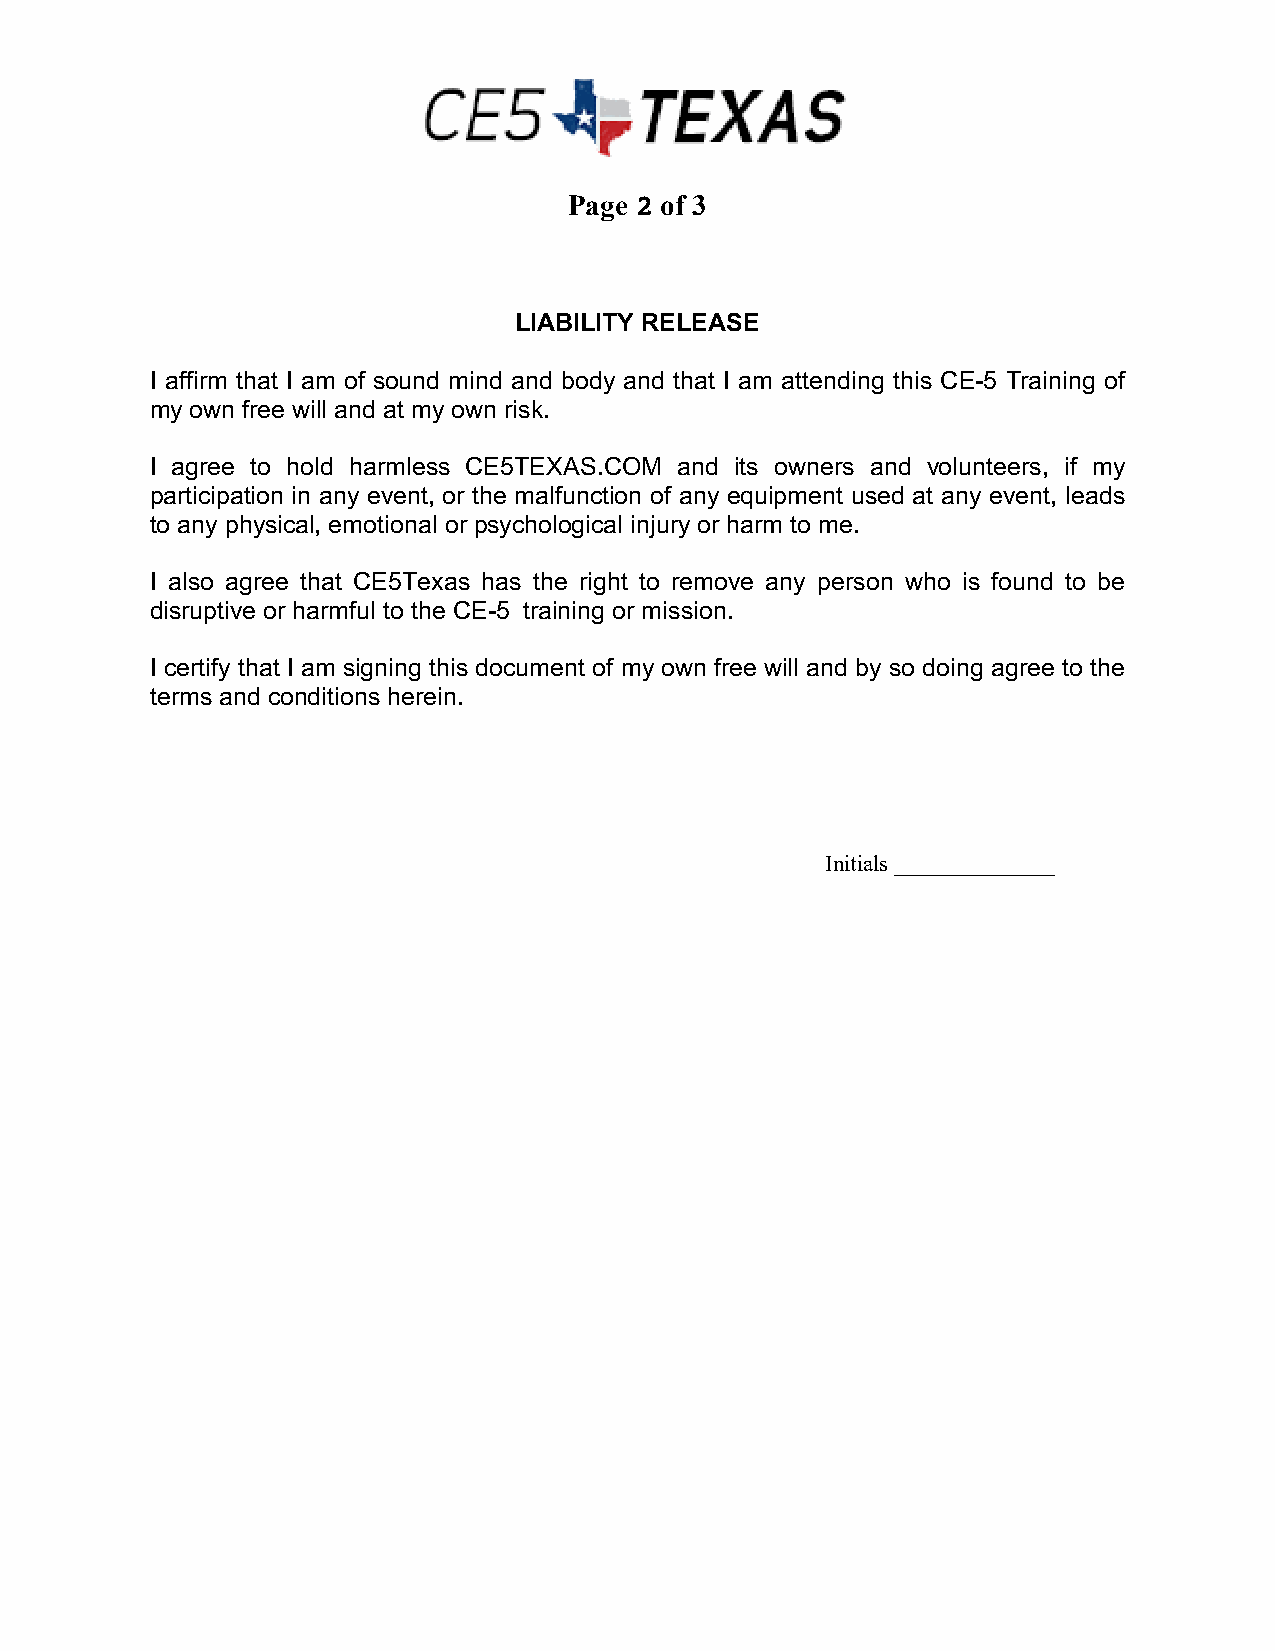
Page 2 of 3
 LIABILITY RELEASE
 I affirm that I am of sound mind and body and that I am attending this CE-5 Training of
 my own free will and at my own risk.
 I agree to hold harmless CE5TEXAS.COM and its owners and volunteers, if my
 participation in any event, or the malfunction of any equipment used at any event, leads
 to any physical, emotional or psychological injury or harm to me.
 I also agree that CE5Texas has the right to remove any person who is found to be
 disruptive or harmful to the CE-5 training or mission.
 I certify that I am signing this document of my own free will and by so doing agree to the
 terms and conditions herein.
 Initials ______________